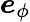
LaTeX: \boldsymbol{e}_{\phi}